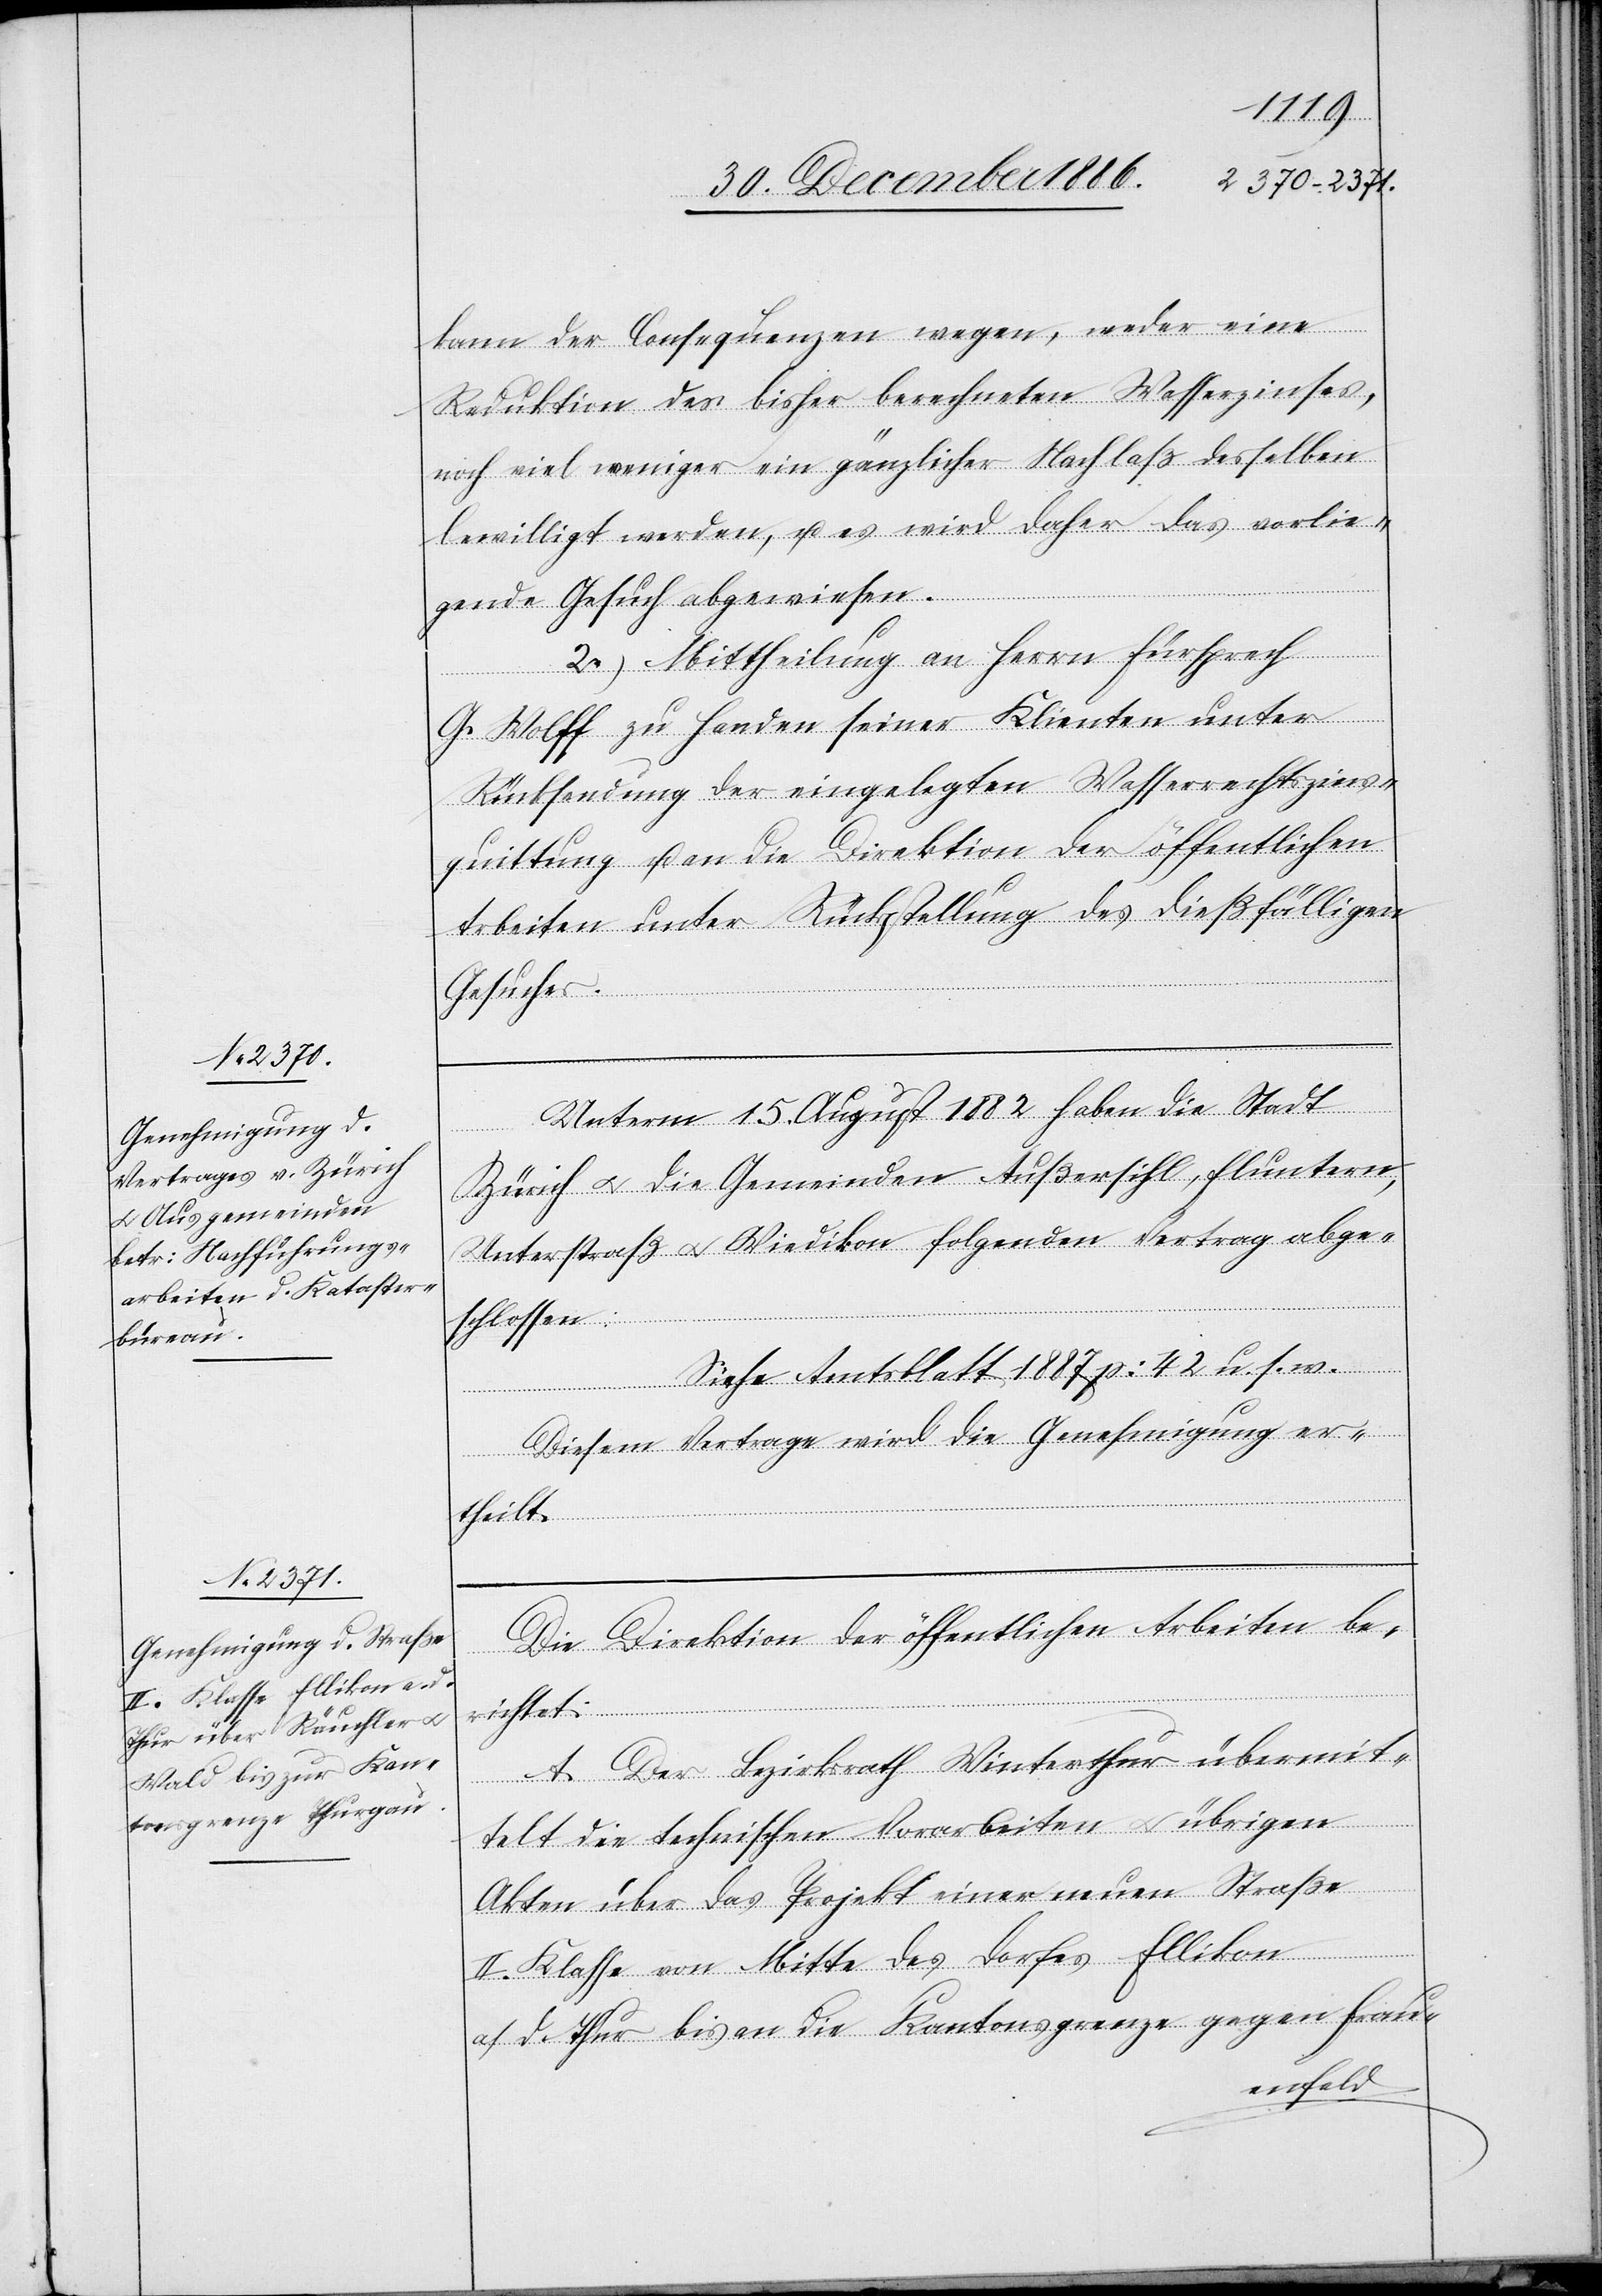
kann der Consequenzen wegen, weder eine
Reduktion des bisher berechneten Wasserzinses,
noch viel weniger ein gänzlicher Nachlaß desselben
bewilligt werden, u. es wird daher das vorlie¬
gende Gesuch abgewiesen.
2.) Mittheilung an Herrn Fürsprech
G. Wolff zu Handen seiner Klienten unter
Rücksendung der eingelegten Wasserrechtszins¬
quittung u. an die Direktion der öffentlichen
Arbeiten unter Rückstellung des dießfälligen
Gesuches.
Unterm 15. August 1882 haben die Stadt
Zürich & die Gemeinden Außersihl, Fluntern,
Unterstraß & Wiedikon folgenden Vertrag abge¬
schlossen:
Siehe Amtsblatt 1887 p: 42 u. s. w.
Diesem Vertrage wird die Genehmigung er¬
theilt.
Die Direktion der öffentlichen Arbeiten be¬
richtet:
A. Der Bezirksrath Winterthur übermit¬
telt die technischen Vorarbeiten & übrigen
Akten über das Projekt einer neuen Straße
II. Klasse von Mitte des Dorfes Ellikon
a./d. Thur bis an die Kantonsgrenze gegen Frau-